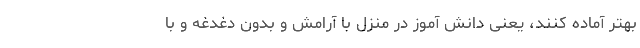
بهتر آماده کنند، یعنی دانش آموز در منزل با آرامش و بدون دغدغه و با